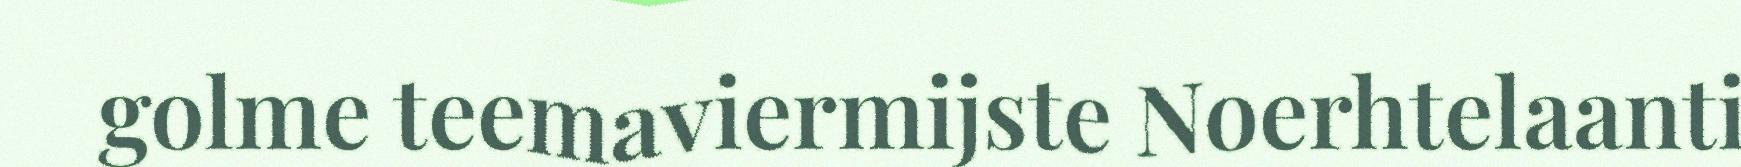
golme teemaviermijste Noerhtelaanti